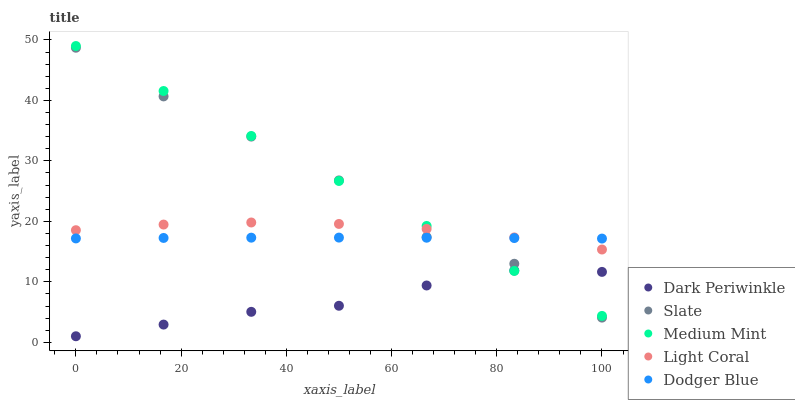
| xaxis_label | Dark Periwinkle | Slate | Medium Mint | Light Coral | Dodger Blue |
 | --- | --- | --- | --- | --- | --- |
 | 0 | 1 | 48.7 | 49 | 18.5 | 17.2 |
 | 16.7 | 2.93 | 40.7 | 41.6 | 19.5 | 17.3 |
 | 33.3 | 5.04 | 34 | 34.1 | 19.8 | 17.3 |
 | 50 | 6.04 | 26.8 | 26.7 | 19.6 | 17.3 |
 | 66.7 | 9.4 | 17.4 | 19.2 | 18.7 | 17.3 |
 | 83.3 | 11.9 | 13 | 11.8 | 17.3 | 17.2 |
 | 100 | 11.6 | 4.08 | 4.37 | 15.3 | 17.2 |